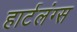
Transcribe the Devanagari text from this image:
हार्टलंग्स